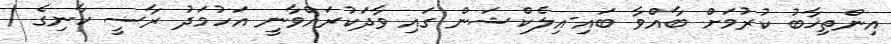
އިންތިޚާބު ކުރުމަށް ބާއްވާ ބައި-އިލެކްޝަން ގައި ވާދަކުރައްވާނީ އަހުމަދު ރާޟީ ކާނިގެ /